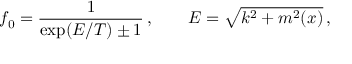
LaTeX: f _ { 0 } = \frac { 1 } { \exp ( E / T ) \pm 1 } \, , \qquad E = \sqrt { k ^ { 2 } + m ^ { 2 } ( x ) } \, ,